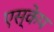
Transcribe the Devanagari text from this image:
एस्‍केप